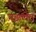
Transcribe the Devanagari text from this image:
गझलेत